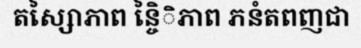
តស្សៃាភាព ន្ចៃិិភាព ភនំតពញជា